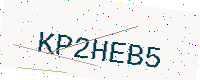
Text: KP2HEB5